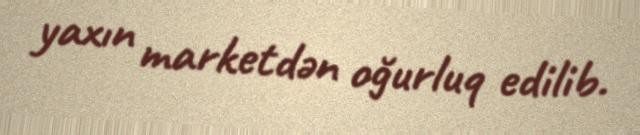
yaxın marketdən oğurluq edilib.